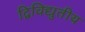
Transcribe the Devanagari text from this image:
द्विविद्युतीय